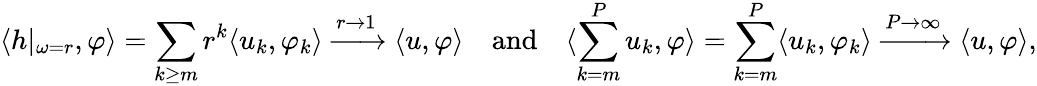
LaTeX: \langle h\vert_{\omega=r},\varphi\rangle=\sum_{k\ge m}r^{k}\langle u_{k},\varphi_{k}\rangle\xrightarrow{r\rightarrow 1}\langle u,\varphi\rangle\quad\mathrm{and}\quad\langle\sum_{k=m}^{P}u_{k},\varphi\rangle=\sum_{k=m}^{P}\langle u_{k},\varphi_{k}\rangle\xrightarrow{P\rightarrow\infty}\langle u,\varphi\rangle,